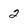
Character: 2